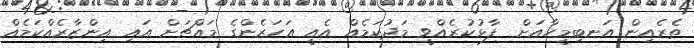
ތެރެއިން އަނބިމީހާއަށް  ފާޅުކުރެއްވީ މަދުކަމެއް އެއީ އަހަރެންގެ މައްޗަށް އައި އިންޒާރެއްކަމެއް